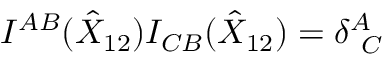
I ^ { A B } ( \hat { { \cal X } } _ { 1 2 } ) I _ { C B } ( \hat { { \cal X } } _ { 1 2 } ) = \delta _ { ~ C } ^ { A }